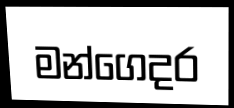
මන්ගෙදර